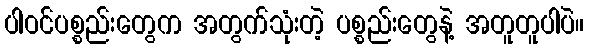
ပါဝင်ပစ္စည်းတွေက အတွက်သုံးတဲ့ ပစ္စည်းတွေနဲ့ အတူတူပါပဲ။